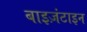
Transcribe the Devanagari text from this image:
बाइज़ंटाइन